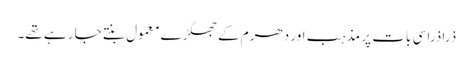
ذرا ذرا سی بات پر مذہب اور دھرم کے جھگڑے معمول بنتے جا رہے تھے۔